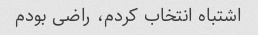
اشتباه انتخاب کردم، راضی بودم